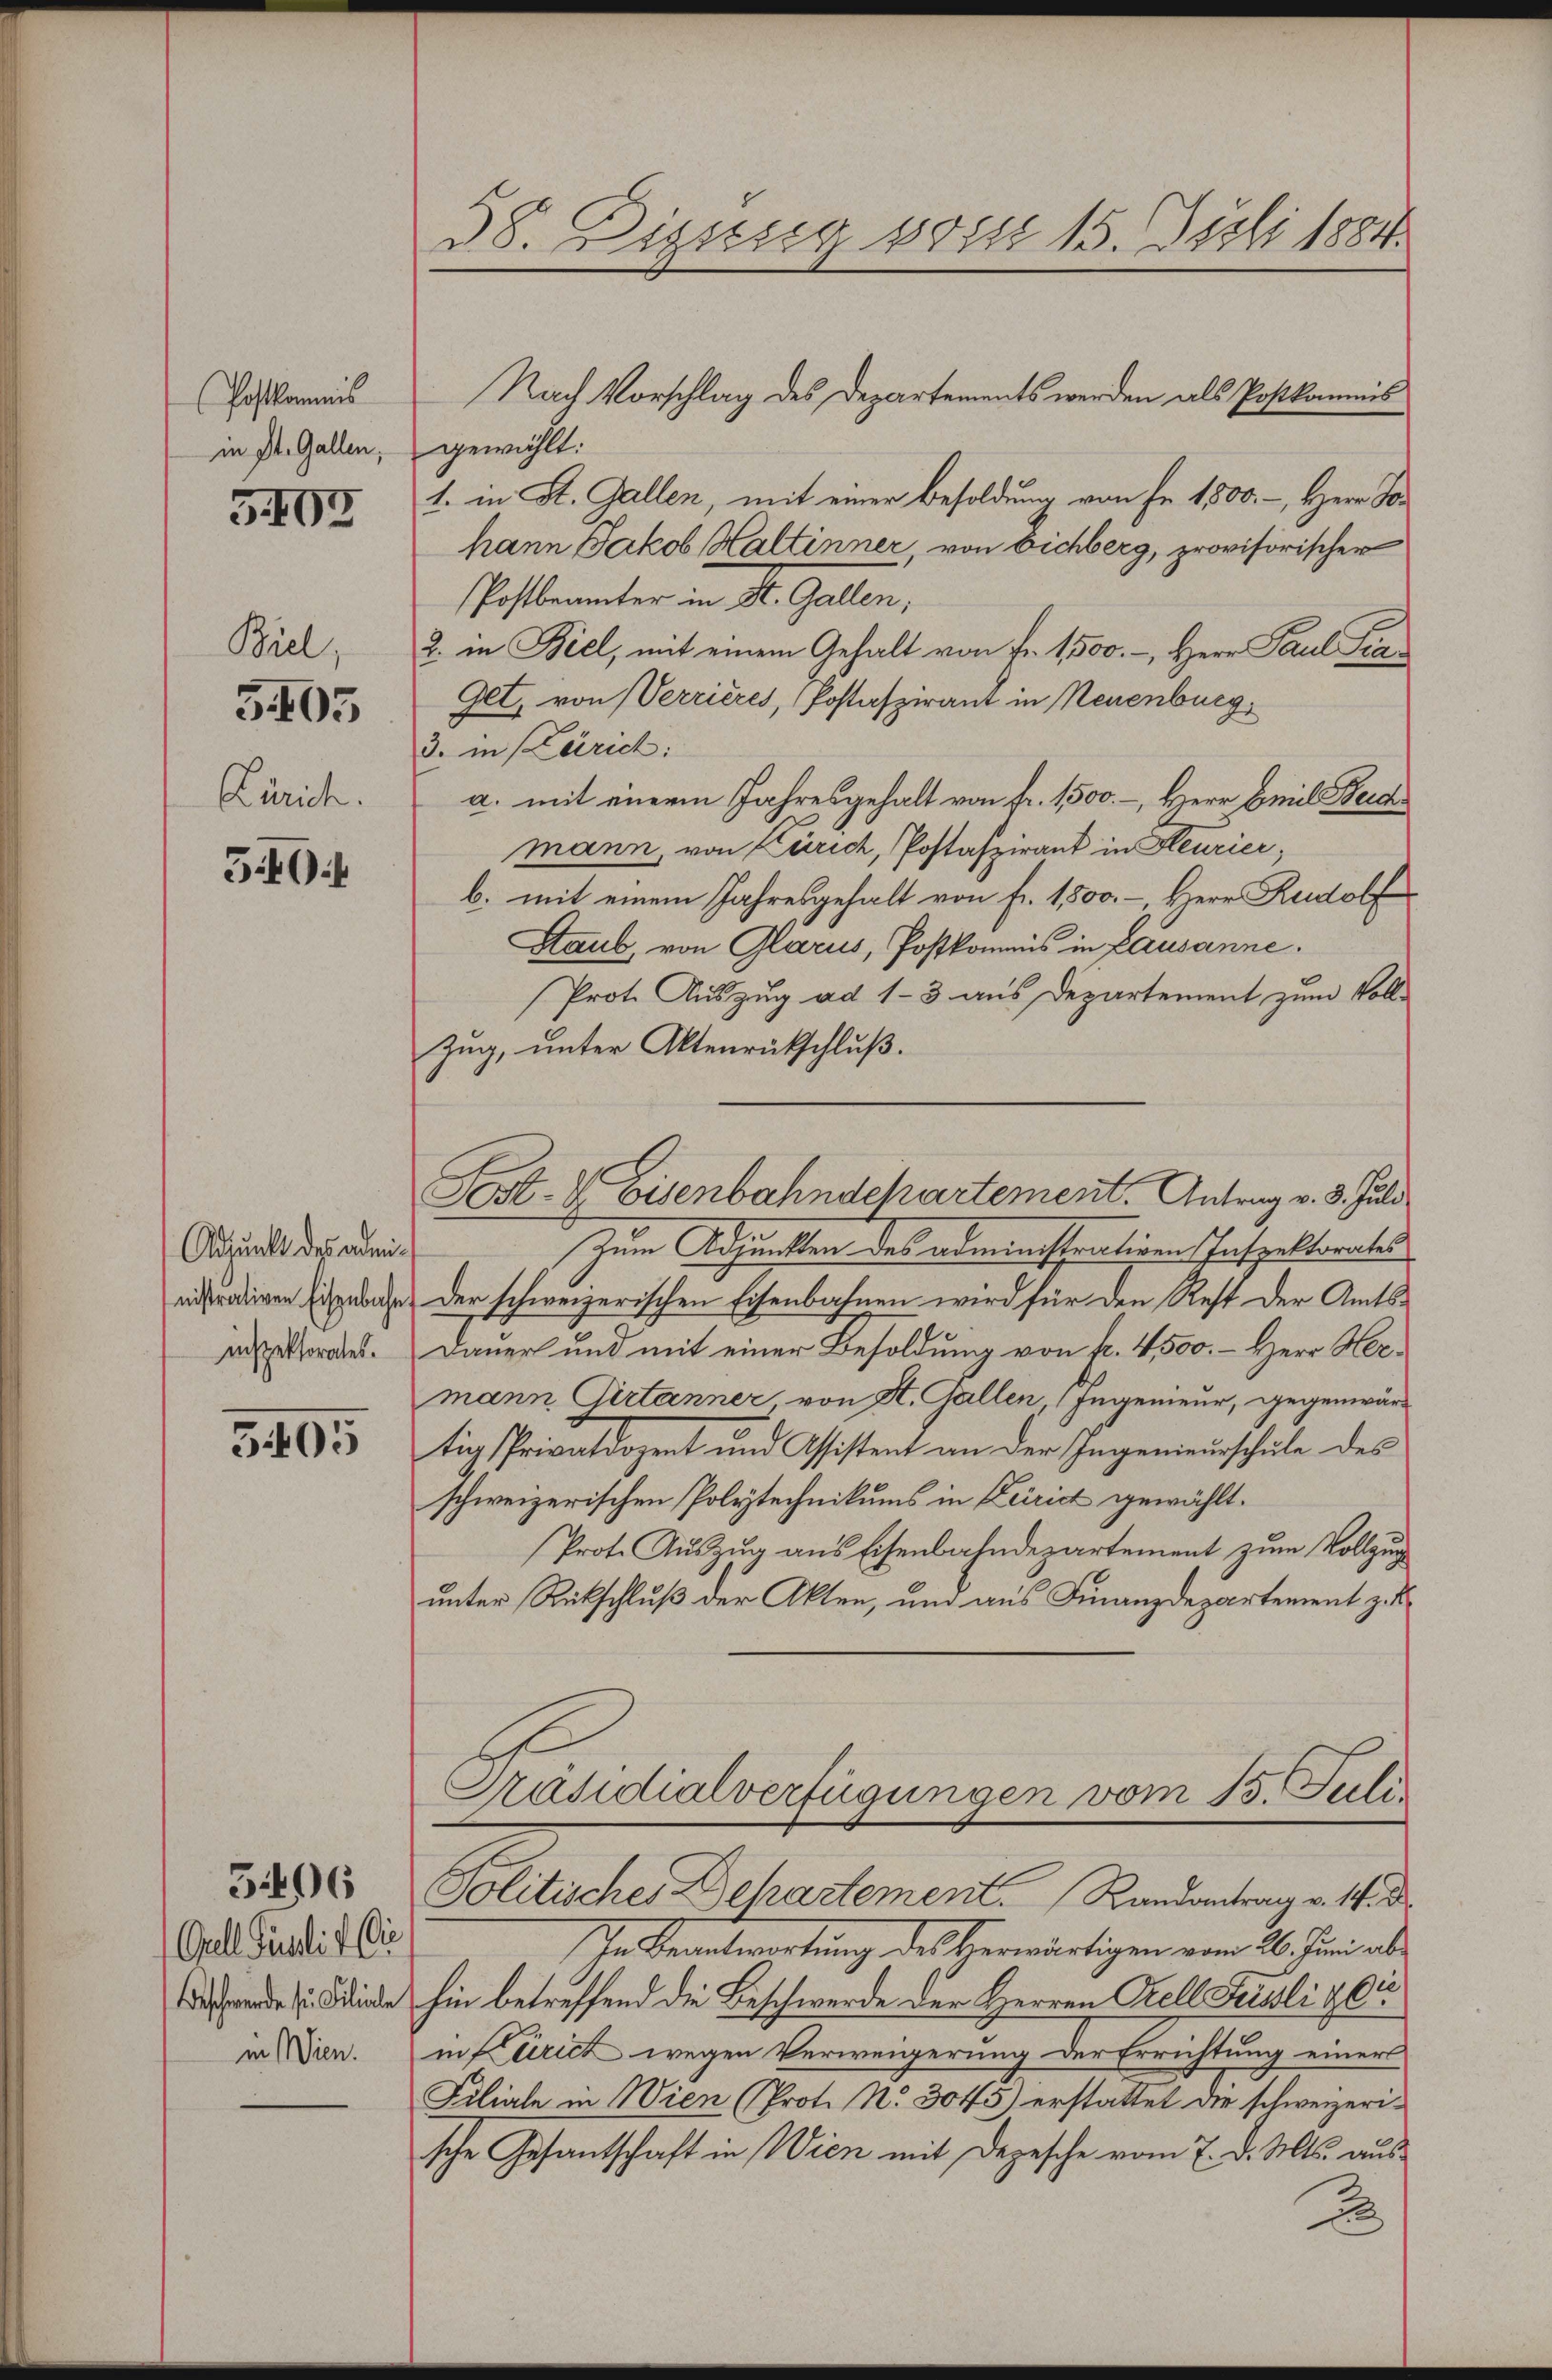
Postkommnis
in St. Gallen,

3107

Biel,

5405

Zürich.

5404

Adpunkt des administrativen Eisenbahn
inspektorates.

5405

Grell Pauli v. i
Beschwerde sie Filiale
in Wien.

5496

38. Disseg von 15. Juli 1884.

Nach Vorschlag des Departements werden als Postkommis
gewählt:
1. in St. Gallen, mit einer Besoldung von Fr. 1500.-, Herr Johann Jakob Haltinner von Eichberg, provisorischer
Pofbeamter in St. Gallen,
2. in Biel, mit einem Gehalt von Fr. 1500.-, Herr Paul Fran
Get, von Verrières, Postafzirant in Neuenburg,
3. in Zürich:
a. mit einem Jahresgehalt von fr. 1500.-, Herr Emil Beichmann, von Zürich, Postafzwand in Heurier,
b. mit einem Jahresgehalt von fr. 1500. - Herr Rudolf
Staub, von Glarus, Postkommnis in Lausanne.
Prot. Auszug ad 1-3 aus Departement zum Voll-
zug, unter Aktenrückschluß.
Zum Adjunkten des administrativen Inspektorates
Der schweizerischen Eisenbahnen wird für den Rest der Amts¬
Dauer und mit einer Besoldung von f. 4500. - Herr Hermann Girtanner von H. Gallen, 1 Ingenieur, gegenwärt
tig Privatdozent und Assistent an der Ingenieurschule des
schweizerischen Polytechnikums in Zeirict gewählt.
Prote Auszug aus Eisenbahndepartement zum Vollzug
unter Rückschluß der Akten, und aus Finanzdepartement z. B.
Präsidialverfügungen vom 15. Seeli
Politisches Dehartement. Landantrag v. 14. d
In Beantwortung des Verwärtigen vom 26. Juni al
hin betreffend die Beschwerde der Herren Prell Feisli & Ci
in furich wegen Verweigerung der Errichtung einers
Filiale in Wien (Prot. No. 3045) erstattet die schweizerische Gesantschaft in Wien mit Depesche vom 7. d. Mts. aus
2

Post- & Eisenbahndchartement. Antrag v. 3. Juli